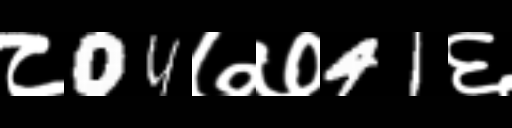
Text: ८04७७41६